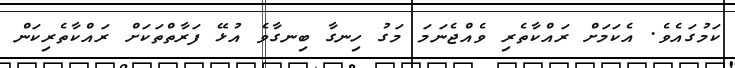
ކަމުގައެވެ. އެކަމަށް ރައްކާތެރި ވެއްޖެނަމަ މަގު ހިނގާ ބިނގާވެ އުޅޭ ފަރާތްތަކަށް ރައްކާތެރިކަން